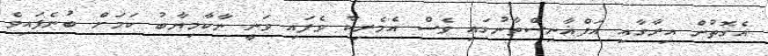
އެގޮތުން އިރާގާއި އަފްޣާނިސްތާނުގައި ވެސް އެމެރިކާ ވެފައި ވަނީ ނާކާމިޔާބު ކަމަށް ބުނެފައިވެ